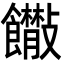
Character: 𩟴